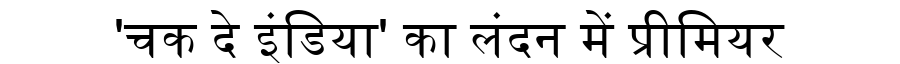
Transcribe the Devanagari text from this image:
'चक दे इंडिया' का लंदन में प्रीमियर